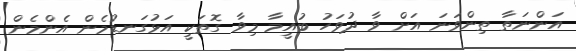
އަންނަތާ ތިންވަނަ އަށް ވާ ދުވަހު ބުއީމާ މިވާ ގޮތަކީ އަޅުގަނޑުމެން އެންމެން